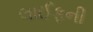
લાઈફની